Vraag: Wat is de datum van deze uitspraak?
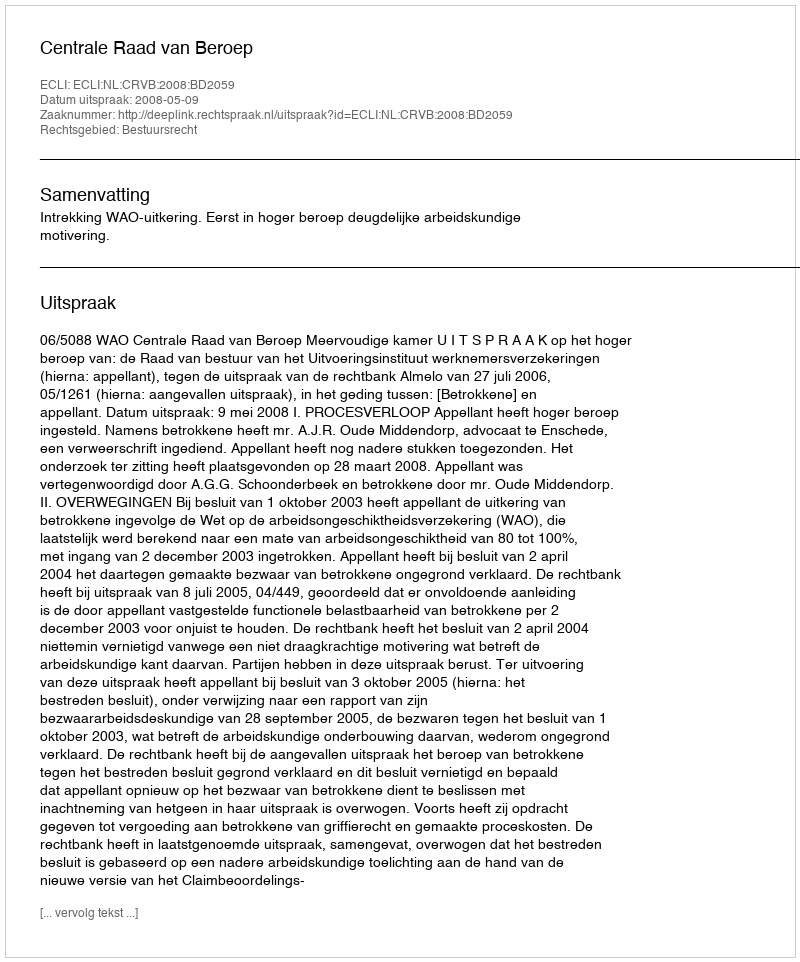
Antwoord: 2008-05-09